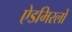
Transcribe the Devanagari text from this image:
ऐडमिरलों